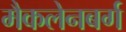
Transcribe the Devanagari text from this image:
मैकलेनबर्ग